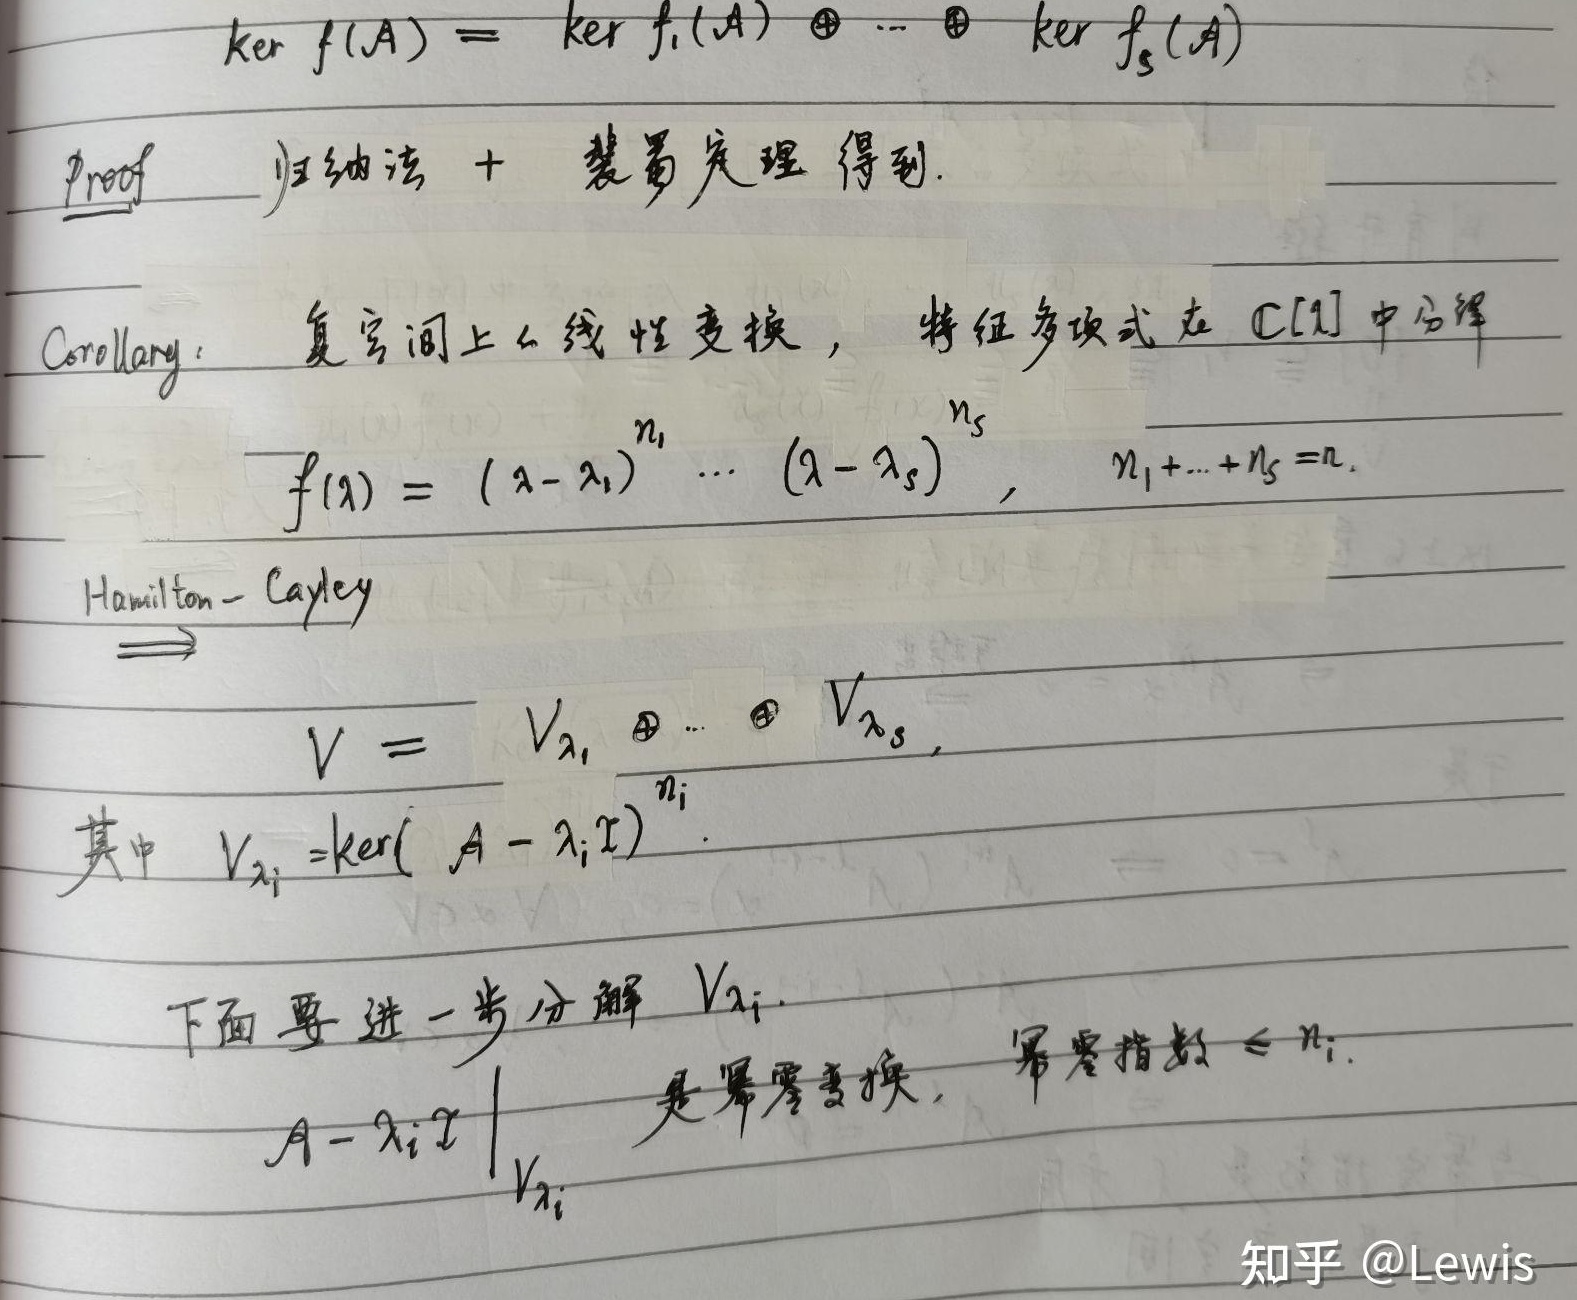
\[\begin{align*}
\ker f(A) &= \ker f_1(A) \oplus \cdots \oplus \ker f_s(A)
\end{align*}\]
Proof 归纳法 + 裴蜀定理得到。
Corollary: 复空间上么线性变换，特征多项式在 $\mathbb{C}[\lambda]$ 中分解
\[
f(\lambda) = (\lambda - \lambda_1)^{n_1} \cdots (\lambda - \lambda_s)^{n_s}, \quad n_1 + \cdots + n_s = n.
\]
Hamilton - Cayley
\[
V = V_{\lambda_1} \oplus \cdots \oplus V_{\lambda_s},
\]
其中 $V_{\lambda_i} = \ker((A - \lambda_i I)^{n_i})$。
下面要进一步分解 $V_{\lambda_i}$。
$\left.A - \lambda_i I\right|_{V_{\lambda_i}}$ 是幂零变换，幂零指数 $\leq n_i$。
知乎 @Lewis